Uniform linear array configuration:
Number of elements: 8
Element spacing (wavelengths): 0.25
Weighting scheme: exponential
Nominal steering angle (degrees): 0
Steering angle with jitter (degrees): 1.159
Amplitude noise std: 0.05
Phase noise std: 0.05

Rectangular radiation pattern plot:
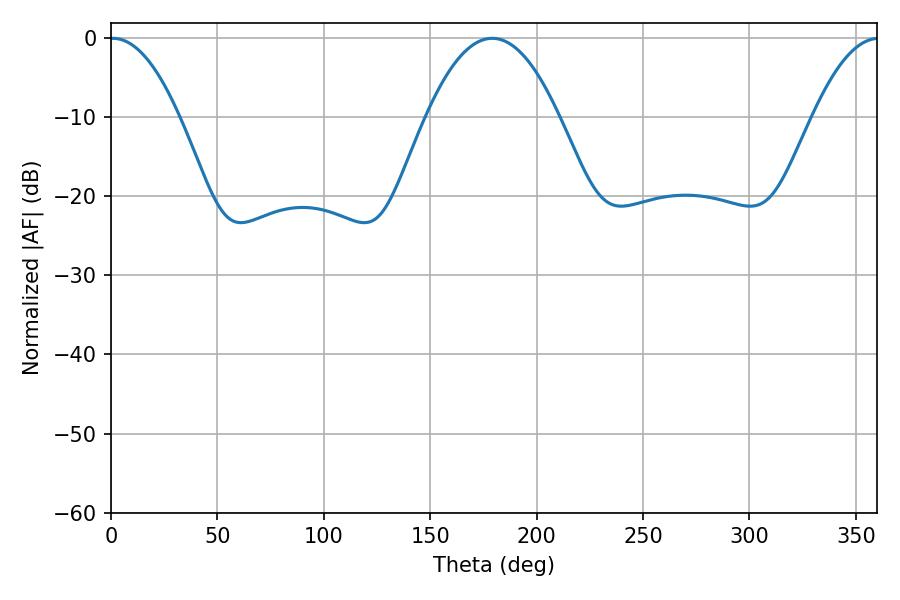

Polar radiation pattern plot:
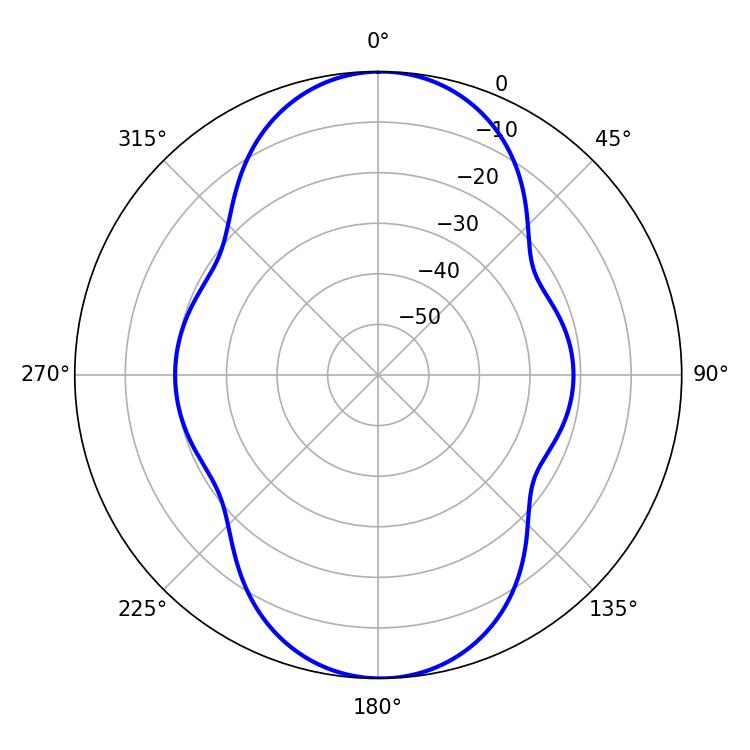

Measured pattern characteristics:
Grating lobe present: FALSE
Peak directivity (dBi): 22.201
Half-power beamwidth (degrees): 18
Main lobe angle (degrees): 0.9